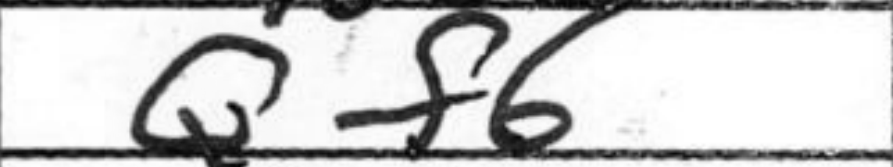
Transcription: Qf6